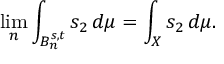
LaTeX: \operatorname* { l i m } _ { n } \int _ { B _ { n } ^ { s , t } } s _ { 2 } \, d \mu = \int _ { X } s _ { 2 } \, d \mu .